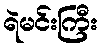
ရဲမင်းကြီး